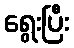
ရွေးပြီး